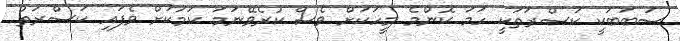
ސަބަބަކީ ކަސްރަތަކީ ހަމަ ކޮންމެ މީހަކަށް ވެސް ކުރެވޭނަމަ ކަމަކަށް ވެފައި ކަސްރަތު